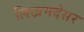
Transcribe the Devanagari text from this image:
लिखमदेसर